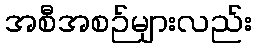
အစီအစဉ်များလည်း